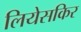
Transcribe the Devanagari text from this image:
लियेसकिर